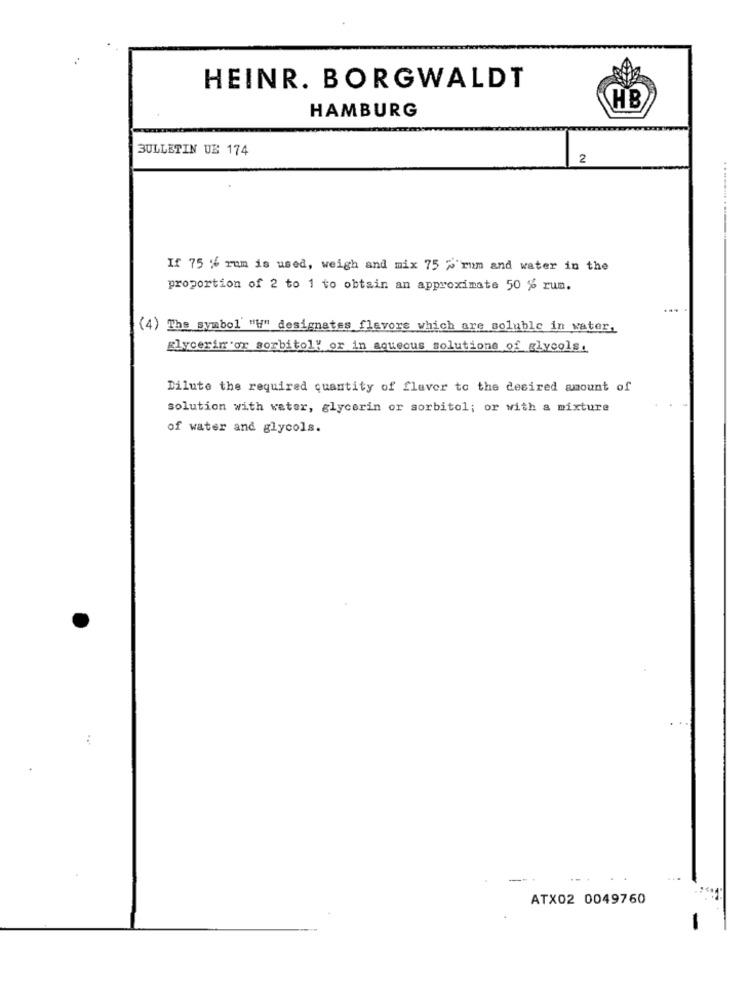
HEINR. BORGWALDT
HB
HAMBURG
BULLETIN UB 174
2
....
If 75 % rum is used, weigh and mix 75 % rum and water in the
proportion of 2 to 1 to obtain an approximate 50 % rum.
(4) The symbol "W" designates flavors which are soluble in water,
glycerin or sorbitol" or in aqueous solutions of glycols.
Dilute the required quantity of flavor to the desired amount of
solution with water, glycerin or sorbitol; or with a mixture
of water and glycols.
..
ATX02 0049760
-